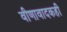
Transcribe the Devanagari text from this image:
वीणावादकही